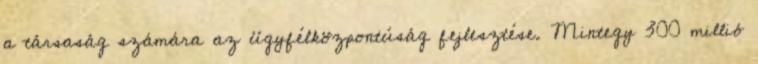
a társaság számára az ügyfélközpontúság fejlesztése. Mintegy 300 millió